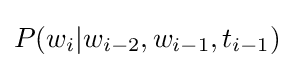
P(w_{i}|w_{i-2},w_{i-1},t_{i-1})